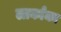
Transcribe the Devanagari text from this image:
लार्काका